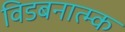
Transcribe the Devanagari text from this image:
विडबनात्म्क